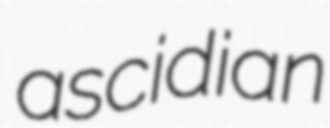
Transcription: ascidian